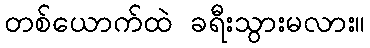
တစ်ယောက်ထဲ ခရီးသွားမလား။